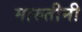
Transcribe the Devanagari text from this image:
मारुतीनी